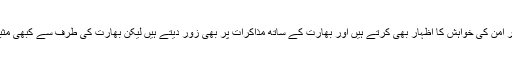
حالانکہ وہ بار بار امن کی خواہش کا اظہار بھی کرتے ہیں اور بھارت کے ساتھ مذاکرات پر بھی زور دیتے ہیں لیکن بھارت کی طرف سے کبھی مثبت جواب نہیں آیا۔